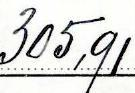
305,91